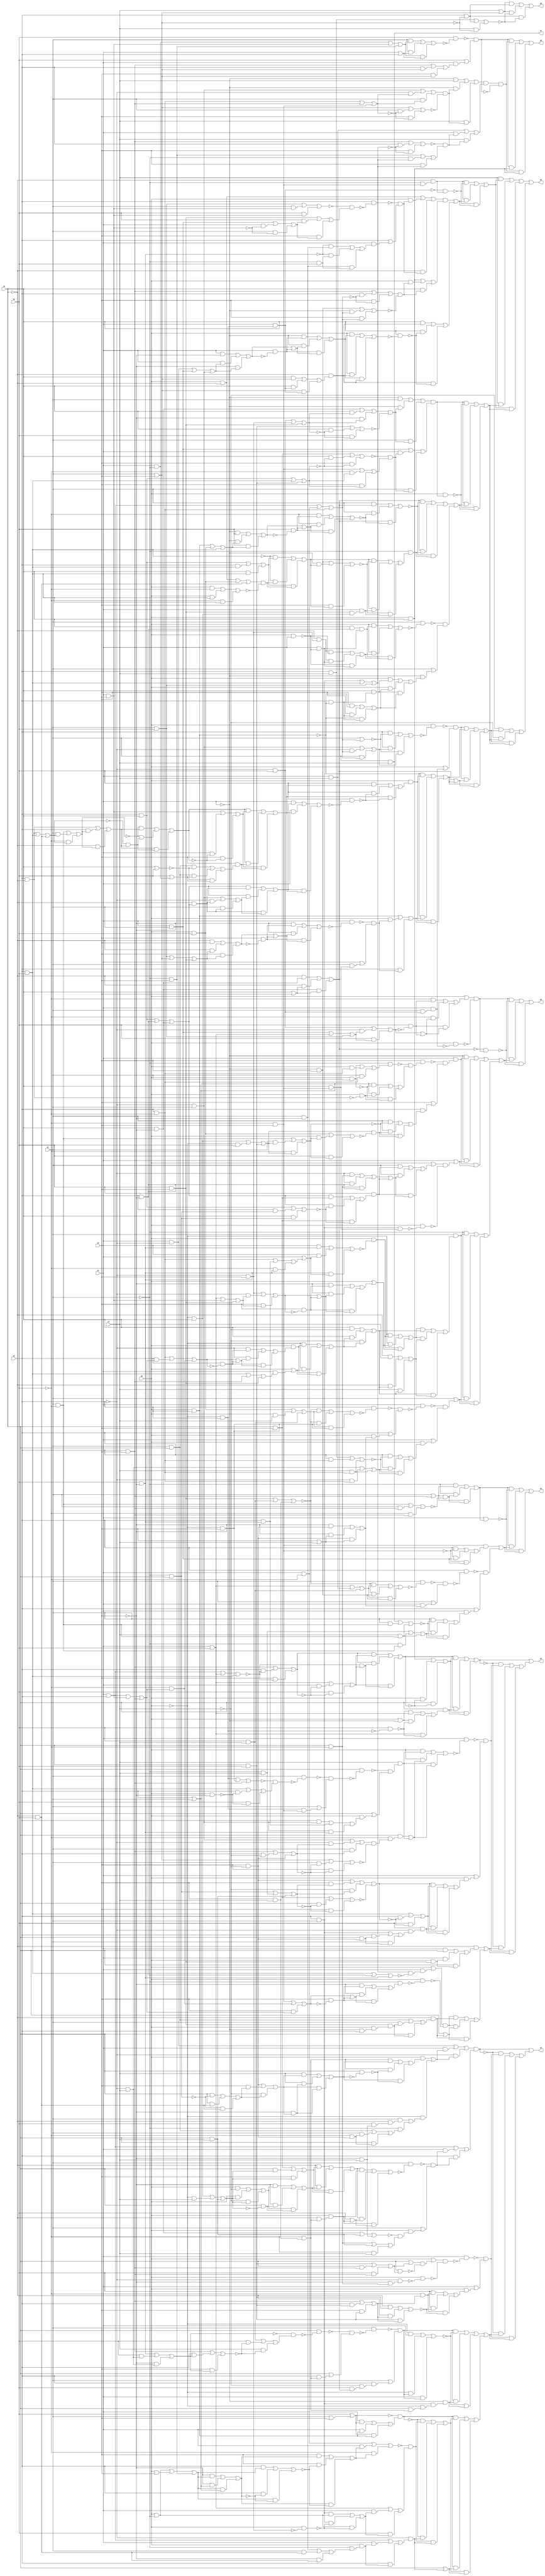
module top( x0 , x1 , x2 , x3 , x4 , x5 , x6 , x7 , y0 , y1 , y2 , y3 , y4 , y5 , y6 , y7 );
  input x0 , x1 , x2 , x3 , x4 , x5 , x6 , x7 ;
  output y0 , y1 , y2 , y3 , y4 , y5 , y6 , y7 ;
  wire n9 , n10 , n11 , n12 , n13 , n14 , n15 , n16 , n17 , n18 , n19 , n20 , n21 , n22 , n23 , n24 , n25 , n26 , n27 , n28 , n29 , n30 , n31 , n32 , n33 , n34 , n35 , n36 , n37 , n38 , n39 , n40 , n41 , n42 , n43 , n44 , n45 , n46 , n47 , n48 , n49 , n50 , n51 , n52 , n53 , n54 , n55 , n56 , n57 , n58 , n59 , n60 , n61 , n62 , n63 , n64 , n65 , n66 , n67 , n68 , n69 , n70 , n71 , n72 , n73 , n74 , n75 , n76 , n77 , n78 , n79 , n80 , n81 , n82 , n83 , n84 , n85 , n86 , n87 , n88 , n89 , n90 , n91 , n92 , n93 , n94 , n95 , n96 , n97 , n98 , n99 , n100 , n101 , n102 , n103 , n104 , n105 , n106 , n107 , n108 , n109 , n110 , n111 , n112 , n113 , n114 , n115 , n116 , n117 , n118 , n119 , n120 , n121 , n122 , n123 , n124 , n125 , n126 , n127 , n128 , n129 , n130 , n131 , n132 , n133 , n134 , n135 , n136 , n137 , n138 , n139 , n140 , n141 , n142 , n143 , n144 , n145 , n146 , n147 , n148 , n149 , n150 , n151 , n152 , n153 , n154 , n155 , n156 , n157 , n158 , n159 , n160 , n161 , n162 , n163 , n164 , n165 , n166 , n167 , n168 , n169 , n170 , n171 , n172 , n173 , n174 , n175 , n176 , n177 , n178 , n179 , n180 , n181 , n182 , n183 , n184 , n185 , n186 , n187 , n188 , n189 , n190 , n191 , n192 , n193 , n194 , n195 , n196 , n197 , n198 , n199 , n200 , n201 , n202 , n203 , n204 , n205 , n206 , n207 , n208 , n209 , n210 , n211 , n212 , n213 , n214 , n215 , n216 , n217 , n218 , n219 , n220 , n221 , n222 , n223 , n224 , n225 , n226 , n227 , n228 , n229 , n230 , n231 , n232 , n233 , n234 , n235 , n236 , n237 , n238 , n239 , n240 , n241 , n242 , n243 , n244 , n245 , n246 , n247 , n248 , n249 , n250 , n251 , n252 , n253 , n254 , n255 , n256 , n257 , n258 , n259 , n260 , n261 , n262 , n263 , n264 , n265 , n266 , n267 , n268 , n269 , n270 , n271 , n272 , n273 , n274 , n275 , n276 , n277 , n278 , n279 , n280 , n281 , n282 , n283 , n284 , n285 , n286 , n287 , n288 , n289 , n290 , n291 , n292 , n293 , n294 , n295 , n296 , n297 , n298 , n299 , n300 , n301 , n302 , n303 , n304 , n305 , n306 , n307 , n308 , n309 , n310 , n311 , n312 , n313 , n314 , n315 , n316 , n317 , n318 , n319 , n320 , n321 , n322 , n323 , n324 , n325 , n326 , n327 , n328 , n329 , n330 , n331 , n332 , n333 , n334 , n335 , n336 , n337 , n338 , n339 , n340 , n341 , n342 , n343 , n344 , n345 , n346 , n347 , n348 , n349 , n350 , n351 , n352 , n353 , n354 , n355 , n356 , n357 , n358 , n359 , n360 , n361 , n362 , n363 , n364 , n365 , n366 , n367 , n368 , n369 , n370 , n371 , n372 , n373 , n374 , n375 , n376 , n377 , n378 , n379 , n380 , n381 , n382 , n383 , n384 , n385 , n386 , n387 , n388 , n389 , n390 , n391 , n392 , n393 , n394 , n395 , n396 , n397 , n398 , n399 , n400 , n401 , n402 , n403 , n404 , n405 , n406 , n407 , n408 , n409 , n410 , n411 , n412 , n413 , n414 , n415 , n416 , n417 , n418 , n419 , n420 , n421 , n422 , n423 , n424 , n425 , n426 , n427 , n428 , n429 , n430 , n431 , n432 , n433 , n434 , n435 , n436 , n437 , n438 , n439 , n440 , n441 , n442 , n443 , n444 , n445 , n446 , n447 , n448 , n449 , n450 , n451 , n452 , n453 , n454 , n455 , n456 , n457 , n458 , n459 , n460 , n461 , n462 , n463 , n464 , n465 , n466 , n467 , n468 , n469 , n470 ;
  assign n22 = ( x1 & ~x3 ) | ( x1 & x6 ) | ( ~x3 & x6 ) ;
  assign n23 = x1 | x2 ;
  assign n24 = ( x3 & n22 ) | ( x3 & n23 ) | ( n22 & n23 ) ;
  assign n25 = x5 & ~n24 ;
  assign n20 = x3 & x6 ;
  assign n21 = ( x2 & x6 ) | ( x2 & n20 ) | ( x6 & n20 ) ;
  assign n26 = x1 & n21 ;
  assign n27 = x5 | n26 ;
  assign n28 = ~n25 & n27 ;
  assign n13 = ( x2 & ~x5 ) | ( x2 & x6 ) | ( ~x5 & x6 ) ;
  assign n14 = ( ~x2 & x3 ) | ( ~x2 & n13 ) | ( x3 & n13 ) ;
  assign n15 = ( x3 & x6 ) | ( x3 & ~n13 ) | ( x6 & ~n13 ) ;
  assign n16 = n14 & ~n15 ;
  assign n17 = ( ~x1 & x7 ) | ( ~x1 & n16 ) | ( x7 & n16 ) ;
  assign n9 = ( x2 & x3 ) | ( x2 & x5 ) | ( x3 & x5 ) ;
  assign n10 = ( x2 & x6 ) | ( x2 & ~n9 ) | ( x6 & ~n9 ) ;
  assign n11 = ( ~x3 & x6 ) | ( ~x3 & n9 ) | ( x6 & n9 ) ;
  assign n12 = ~n10 & n11 ;
  assign n18 = ( x1 & x7 ) | ( x1 & n12 ) | ( x7 & n12 ) ;
  assign n19 = n17 & n18 ;
  assign n29 = n19 & ~n28 ;
  assign n30 = x0 & x4 ;
  assign n31 = ( n28 & n29 ) | ( n28 & n30 ) | ( n29 & n30 ) ;
  assign n32 = ( x1 & x2 ) | ( x1 & x5 ) | ( x2 & x5 ) ;
  assign n33 = ( x2 & x6 ) | ( x2 & ~n32 ) | ( x6 & ~n32 ) ;
  assign n34 = ( x1 & x5 ) | ( x1 & ~n33 ) | ( x5 & ~n33 ) ;
  assign n35 = ~n32 & n34 ;
  assign n36 = ( n33 & n34 ) | ( n33 & n35 ) | ( n34 & n35 ) ;
  assign n42 = ( x0 & x4 ) | ( x0 & ~n36 ) | ( x4 & ~n36 ) ;
  assign n37 = x0 & ~x1 ;
  assign n38 = x1 & x5 ;
  assign n39 = ~x0 & x2 ;
  assign n40 = x5 & ~n39 ;
  assign n41 = ( n37 & n38 ) | ( n37 & ~n40 ) | ( n38 & ~n40 ) ;
  assign n43 = x4 & n41 ;
  assign n44 = ( n36 & n42 ) | ( n36 & n43 ) | ( n42 & n43 ) ;
  assign n70 = ( ~x0 & x2 ) | ( ~x0 & x6 ) | ( x2 & x6 ) ;
  assign n71 = x0 & ~x6 ;
  assign n72 = ( x2 & x5 ) | ( x2 & ~n71 ) | ( x5 & ~n71 ) ;
  assign n73 = ~n70 & n72 ;
  assign n74 = x3 & ~n73 ;
  assign n69 = ~x5 & x6 ;
  assign n75 = n39 & n69 ;
  assign n76 = x3 | n75 ;
  assign n77 = ~n74 & n76 ;
  assign n78 = x4 & ~n77 ;
  assign n66 = ~x2 & x3 ;
  assign n67 = x5 & ~x6 ;
  assign n68 = ( x2 & n66 ) | ( x2 & n67 ) | ( n66 & n67 ) ;
  assign n79 = x0 & n68 ;
  assign n80 = x4 | n79 ;
  assign n81 = ~n78 & n80 ;
  assign n82 = x7 & n81 ;
  assign n60 = ( x2 & x6 ) | ( x2 & ~x7 ) | ( x6 & ~x7 ) ;
  assign n61 = ( ~x2 & x3 ) | ( ~x2 & n60 ) | ( x3 & n60 ) ;
  assign n62 = ( x3 & x6 ) | ( x3 & ~n60 ) | ( x6 & ~n60 ) ;
  assign n63 = n61 & ~n62 ;
  assign n64 = ~x5 & n63 ;
  assign n65 = x4 & n64 ;
  assign n83 = n65 | n82 ;
  assign n84 = ( x0 & n82 ) | ( x0 & n83 ) | ( n82 & n83 ) ;
  assign n85 = x1 & ~n84 ;
  assign n49 = ( ~x3 & x4 ) | ( ~x3 & x7 ) | ( x4 & x7 ) ;
  assign n50 = ( x6 & ~x7 ) | ( x6 & n49 ) | ( ~x7 & n49 ) ;
  assign n51 = ( x4 & x6 ) | ( x4 & ~n49 ) | ( x6 & ~n49 ) ;
  assign n52 = n50 & ~n51 ;
  assign n57 = ( x2 & x5 ) | ( x2 & ~n52 ) | ( x5 & ~n52 ) ;
  assign n53 = x6 & ~x7 ;
  assign n54 = x4 & n53 ;
  assign n55 = ( x2 & x3 ) | ( x2 & n54 ) | ( x3 & n54 ) ;
  assign n56 = ~x2 & n55 ;
  assign n58 = x5 & n56 ;
  assign n59 = ( n52 & n57 ) | ( n52 & n58 ) | ( n57 & n58 ) ;
  assign n86 = x0 & n59 ;
  assign n87 = x1 | n86 ;
  assign n88 = ~n85 & n87 ;
  assign n45 = x5 & x6 ;
  assign n46 = x0 & n45 ;
  assign n47 = ( x1 & x4 ) | ( x1 & n46 ) | ( x4 & n46 ) ;
  assign n48 = ~x4 & n47 ;
  assign n94 = ( x2 & x5 ) | ( x2 & ~x6 ) | ( x5 & ~x6 ) ;
  assign n95 = n9 & ~n94 ;
  assign n96 = x1 & n95 ;
  assign n97 = x0 | n96 ;
  assign n89 = ( x1 & x2 ) | ( x1 & x6 ) | ( x2 & x6 ) ;
  assign n90 = ( ~x5 & x6 ) | ( ~x5 & n89 ) | ( x6 & n89 ) ;
  assign n91 = x6 & ~n90 ;
  assign n92 = n90 | n91 ;
  assign n93 = ( ~x6 & n91 ) | ( ~x6 & n92 ) | ( n91 & n92 ) ;
  assign n98 = ~x3 & n93 ;
  assign n99 = x0 & ~n98 ;
  assign n100 = n97 & ~n99 ;
  assign n101 = ~x1 & x2 ;
  assign n102 = x0 & n101 ;
  assign n103 = n45 & n102 ;
  assign n104 = ( x3 & x4 ) | ( x3 & n103 ) | ( x4 & n103 ) ;
  assign n105 = ~x4 & n104 ;
  assign n106 = x4 | n105 ;
  assign n107 = ( n100 & n105 ) | ( n100 & n106 ) | ( n105 & n106 ) ;
  assign n108 = n48 | n107 ;
  assign n109 = ( ~n44 & n88 ) | ( ~n44 & n108 ) | ( n88 & n108 ) ;
  assign n110 = n44 | n109 ;
  assign n118 = x6 & x7 ;
  assign n119 = ~x5 & n118 ;
  assign n120 = ~x3 & x4 ;
  assign n121 = ~x4 & x5 ;
  assign n122 = ( x4 & ~n120 ) | ( x4 & n121 ) | ( ~n120 & n121 ) ;
  assign n123 = ( x6 & ~x7 ) | ( x6 & n122 ) | ( ~x7 & n122 ) ;
  assign n124 = ~x6 & n123 ;
  assign n125 = ( x7 & n123 ) | ( x7 & n124 ) | ( n123 & n124 ) ;
  assign n126 = x4 & ~n125 ;
  assign n127 = ( n119 & n125 ) | ( n119 & ~n126 ) | ( n125 & ~n126 ) ;
  assign n128 = x0 & n127 ;
  assign n111 = ~x6 & x7 ;
  assign n112 = x5 & n111 ;
  assign n113 = ~x4 & n112 ;
  assign n114 = x3 & n113 ;
  assign n115 = ~x5 & n53 ;
  assign n116 = ( x3 & x4 ) | ( x3 & n115 ) | ( x4 & n115 ) ;
  assign n117 = ~x3 & n116 ;
  assign n129 = n114 | n117 ;
  assign n130 = ~x0 & n129 ;
  assign n131 = n128 | n130 ;
  assign n149 = ( x1 & ~x2 ) | ( x1 & n131 ) | ( ~x2 & n131 ) ;
  assign n135 = ( ~x0 & x4 ) | ( ~x0 & x7 ) | ( x4 & x7 ) ;
  assign n136 = ( x4 & x6 ) | ( x4 & n135 ) | ( x6 & n135 ) ;
  assign n137 = ( x0 & ~x7 ) | ( x0 & n135 ) | ( ~x7 & n135 ) ;
  assign n138 = x4 & ~n135 ;
  assign n139 = ( ~x6 & n137 ) | ( ~x6 & n138 ) | ( n137 & n138 ) ;
  assign n140 = ( ~x4 & n136 ) | ( ~x4 & n139 ) | ( n136 & n139 ) ;
  assign n141 = ~x4 & n119 ;
  assign n142 = x0 & n141 ;
  assign n143 = x5 | n142 ;
  assign n144 = ( n140 & n142 ) | ( n140 & n143 ) | ( n142 & n143 ) ;
  assign n145 = x3 & ~n144 ;
  assign n132 = ( x4 & ~x6 ) | ( x4 & x7 ) | ( ~x6 & x7 ) ;
  assign n133 = ( x4 & ~x5 ) | ( x4 & x7 ) | ( ~x5 & x7 ) ;
  assign n134 = ~n132 & n133 ;
  assign n146 = x0 & n134 ;
  assign n147 = x3 | n146 ;
  assign n148 = ~n145 & n147 ;
  assign n150 = ( x1 & x2 ) | ( x1 & n148 ) | ( x2 & n148 ) ;
  assign n151 = n149 & n150 ;
  assign n184 = x2 & x6 ;
  assign n185 = ( x4 & x5 ) | ( x4 & n184 ) | ( x5 & n184 ) ;
  assign n186 = x4 | n185 ;
  assign n187 = x4 & n185 ;
  assign n188 = n186 & ~n187 ;
  assign n189 = x0 | n188 ;
  assign n182 = x4 & ~x5 ;
  assign n183 = ~x6 & n182 ;
  assign n190 = ~x2 & n183 ;
  assign n191 = x0 & ~n190 ;
  assign n192 = n189 & ~n191 ;
  assign n193 = x1 & ~n192 ;
  assign n177 = x4 & x5 ;
  assign n178 = ( x2 & x6 ) | ( x2 & n177 ) | ( x6 & n177 ) ;
  assign n179 = ~x5 & n178 ;
  assign n180 = ( ~x4 & n177 ) | ( ~x4 & n178 ) | ( n177 & n178 ) ;
  assign n181 = ( x5 & n179 ) | ( x5 & ~n180 ) | ( n179 & ~n180 ) ;
  assign n194 = x0 & n181 ;
  assign n195 = x1 | n194 ;
  assign n196 = ~n193 & n195 ;
  assign n157 = ~x2 & x7 ;
  assign n158 = ( x5 & ~x6 ) | ( x5 & n157 ) | ( ~x6 & n157 ) ;
  assign n159 = ( x2 & x6 ) | ( x2 & n158 ) | ( x6 & n158 ) ;
  assign n160 = ( x5 & x7 ) | ( x5 & ~n159 ) | ( x7 & ~n159 ) ;
  assign n161 = ~n158 & n160 ;
  assign n162 = x4 & ~n161 ;
  assign n163 = x2 & n119 ;
  assign n164 = x4 | n163 ;
  assign n165 = ~n162 & n164 ;
  assign n166 = x3 & ~n165 ;
  assign n152 = x4 & ~x6 ;
  assign n153 = x4 | x6 ;
  assign n154 = ( ~x4 & n152 ) | ( ~x4 & n153 ) | ( n152 & n153 ) ;
  assign n155 = x5 & n154 ;
  assign n156 = ~x7 & n155 ;
  assign n167 = x2 & n156 ;
  assign n168 = x3 | n167 ;
  assign n169 = ~n166 & n168 ;
  assign n174 = ( ~x0 & x1 ) | ( ~x0 & n169 ) | ( x1 & n169 ) ;
  assign n170 = x2 & x3 ;
  assign n171 = x4 & n119 ;
  assign n172 = ~x0 & n171 ;
  assign n173 = n170 & n172 ;
  assign n175 = ~x1 & n173 ;
  assign n176 = ( n169 & ~n174 ) | ( n169 & n175 ) | ( ~n174 & n175 ) ;
  assign n197 = x3 | x6 ;
  assign n198 = x5 | n197 ;
  assign n199 = x0 & x2 ;
  assign n200 = ( x1 & n198 ) | ( x1 & n199 ) | ( n198 & n199 ) ;
  assign n201 = ~n198 & n200 ;
  assign n206 = ( x0 & ~x3 ) | ( x0 & x6 ) | ( ~x3 & x6 ) ;
  assign n207 = x2 | x3 ;
  assign n208 = ( ~x6 & n206 ) | ( ~x6 & n207 ) | ( n206 & n207 ) ;
  assign n209 = ( x2 & n206 ) | ( x2 & ~n208 ) | ( n206 & ~n208 ) ;
  assign n210 = ( x6 & n208 ) | ( x6 & ~n209 ) | ( n208 & ~n209 ) ;
  assign n211 = ( x1 & ~x5 ) | ( x1 & n210 ) | ( ~x5 & n210 ) ;
  assign n202 = x0 & ~x3 ;
  assign n203 = ~x2 & x6 ;
  assign n204 = x0 & ~n203 ;
  assign n205 = ( n170 & n202 ) | ( n170 & ~n204 ) | ( n202 & ~n204 ) ;
  assign n212 = ( x1 & x5 ) | ( x1 & n205 ) | ( x5 & n205 ) ;
  assign n213 = ~n211 & n212 ;
  assign n214 = ( x3 & ~x6 ) | ( x3 & n121 ) | ( ~x6 & n121 ) ;
  assign n215 = ~x3 & n214 ;
  assign n216 = x0 & n215 ;
  assign n217 = ( x1 & x2 ) | ( x1 & n216 ) | ( x2 & n216 ) ;
  assign n218 = ~x2 & n217 ;
  assign n219 = ( ~n201 & n213 ) | ( ~n201 & n218 ) | ( n213 & n218 ) ;
  assign n220 = x4 | n218 ;
  assign n221 = ( n201 & n219 ) | ( n201 & n220 ) | ( n219 & n220 ) ;
  assign n222 = n176 | n221 ;
  assign n223 = ( ~n151 & n196 ) | ( ~n151 & n222 ) | ( n196 & n222 ) ;
  assign n224 = n151 | n223 ;
  assign n226 = ~x3 & n69 ;
  assign n227 = ~x4 & n226 ;
  assign n225 = x1 & n39 ;
  assign n257 = ~n225 & n227 ;
  assign n235 = x1 & x6 ;
  assign n236 = ( x3 & x5 ) | ( x3 & n235 ) | ( x5 & n235 ) ;
  assign n237 = ( x1 & x3 ) | ( x1 & ~n235 ) | ( x3 & ~n235 ) ;
  assign n238 = ( x5 & x6 ) | ( x5 & n237 ) | ( x6 & n237 ) ;
  assign n239 = ~n236 & n238 ;
  assign n240 = x2 & ~n239 ;
  assign n232 = x3 & ~x6 ;
  assign n233 = ~x3 & x5 ;
  assign n234 = ( ~n67 & n232 ) | ( ~n67 & n233 ) | ( n232 & n233 ) ;
  assign n241 = x1 & n234 ;
  assign n242 = x2 | n241 ;
  assign n243 = ~n240 & n242 ;
  assign n244 = ( x0 & ~x4 ) | ( x0 & n243 ) | ( ~x4 & n243 ) ;
  assign n228 = ( x1 & x2 ) | ( x1 & ~x5 ) | ( x2 & ~x5 ) ;
  assign n229 = ( x2 & x6 ) | ( x2 & ~n228 ) | ( x6 & ~n228 ) ;
  assign n230 = ( ~x1 & x6 ) | ( ~x1 & n228 ) | ( x6 & n228 ) ;
  assign n231 = n229 & ~n230 ;
  assign n245 = ( x0 & x4 ) | ( x0 & n231 ) | ( x4 & n231 ) ;
  assign n246 = n244 & n245 ;
  assign n252 = ( x4 & n20 ) | ( x4 & n225 ) | ( n20 & n225 ) ;
  assign n253 = ~x4 & n252 ;
  assign n247 = ( x1 & ~x2 ) | ( x1 & x3 ) | ( ~x2 & x3 ) ;
  assign n248 = ( x1 & ~x6 ) | ( x1 & n247 ) | ( ~x6 & n247 ) ;
  assign n249 = x1 & ~n248 ;
  assign n250 = n248 | n249 ;
  assign n251 = ( ~x1 & n249 ) | ( ~x1 & n250 ) | ( n249 & n250 ) ;
  assign n254 = ( x0 & n251 ) | ( x0 & n253 ) | ( n251 & n253 ) ;
  assign n255 = x4 & ~n254 ;
  assign n256 = ( x4 & n253 ) | ( x4 & ~n255 ) | ( n253 & ~n255 ) ;
  assign n258 = n246 | n256 ;
  assign n259 = ( n227 & ~n257 ) | ( n227 & n258 ) | ( ~n257 & n258 ) ;
  assign n304 = ( ~x2 & x5 ) | ( ~x2 & x6 ) | ( x5 & x6 ) ;
  assign n305 = ( x4 & ~x6 ) | ( x4 & n304 ) | ( ~x6 & n304 ) ;
  assign n306 = ( x4 & x5 ) | ( x4 & ~n304 ) | ( x5 & ~n304 ) ;
  assign n307 = n305 & ~n306 ;
  assign n312 = ( ~x1 & x3 ) | ( ~x1 & n307 ) | ( x3 & n307 ) ;
  assign n308 = ( x2 & x4 ) | ( x2 & x5 ) | ( x4 & x5 ) ;
  assign n309 = ( x4 & x6 ) | ( x4 & ~n308 ) | ( x6 & ~n308 ) ;
  assign n310 = ( ~x5 & x6 ) | ( ~x5 & n308 ) | ( x6 & n308 ) ;
  assign n311 = ~n309 & n310 ;
  assign n313 = ( x1 & x3 ) | ( x1 & n311 ) | ( x3 & n311 ) ;
  assign n314 = n312 & n313 ;
  assign n350 = x0 & n314 ;
  assign n315 = ( x0 & x2 ) | ( x0 & x5 ) | ( x2 & x5 ) ;
  assign n316 = ( ~x1 & x5 ) | ( ~x1 & n315 ) | ( x5 & n315 ) ;
  assign n317 = x5 & ~n316 ;
  assign n318 = n316 | n317 ;
  assign n319 = ( ~x5 & n317 ) | ( ~x5 & n318 ) | ( n317 & n318 ) ;
  assign n331 = ( x3 & n154 ) | ( x3 & ~n319 ) | ( n154 & ~n319 ) ;
  assign n320 = x2 & x5 ;
  assign n321 = ( x2 & x4 ) | ( x2 & n320 ) | ( x4 & n320 ) ;
  assign n322 = ( x0 & ~x4 ) | ( x0 & x5 ) | ( ~x4 & x5 ) ;
  assign n323 = ( x0 & ~x5 ) | ( x0 & n320 ) | ( ~x5 & n320 ) ;
  assign n324 = n322 & ~n323 ;
  assign n325 = ( ~n320 & n321 ) | ( ~n320 & n324 ) | ( n321 & n324 ) ;
  assign n328 = ( ~x1 & x6 ) | ( ~x1 & n325 ) | ( x6 & n325 ) ;
  assign n326 = ~x0 & x4 ;
  assign n327 = n45 & n326 ;
  assign n329 = x1 & n327 ;
  assign n330 = ( n325 & ~n328 ) | ( n325 & n329 ) | ( ~n328 & n329 ) ;
  assign n332 = ~x3 & n330 ;
  assign n333 = ( n154 & ~n331 ) | ( n154 & n332 ) | ( ~n331 & n332 ) ;
  assign n338 = x2 & ~x6 ;
  assign n339 = x4 & n338 ;
  assign n341 = x0 & x1 ;
  assign n342 = x1 & ~n341 ;
  assign n343 = n339 & n342 ;
  assign n340 = ~x4 & n203 ;
  assign n344 = ( n340 & ~n341 ) | ( n340 & n342 ) | ( ~n341 & n342 ) ;
  assign n345 = ( x0 & n343 ) | ( x0 & n344 ) | ( n343 & n344 ) ;
  assign n346 = x3 & ~n345 ;
  assign n334 = x2 & ~n199 ;
  assign n335 = x4 & n334 ;
  assign n336 = ( x6 & ~n199 ) | ( x6 & n334 ) | ( ~n199 & n334 ) ;
  assign n337 = ( x0 & n335 ) | ( x0 & n336 ) | ( n335 & n336 ) ;
  assign n347 = ~x1 & n337 ;
  assign n348 = x3 | n347 ;
  assign n349 = ~n346 & n348 ;
  assign n351 = n333 | n349 ;
  assign n352 = ( n314 & ~n350 ) | ( n314 & n351 ) | ( ~n350 & n351 ) ;
  assign n353 = ( x7 & n259 ) | ( x7 & n352 ) | ( n259 & n352 ) ;
  assign n262 = x3 | n228 ;
  assign n263 = ( ~x2 & x3 ) | ( ~x2 & n228 ) | ( x3 & n228 ) ;
  assign n264 = ( x2 & ~n262 ) | ( x2 & n263 ) | ( ~n262 & n263 ) ;
  assign n265 = x0 & ~n264 ;
  assign n260 = ~x2 & x5 ;
  assign n261 = x3 & n260 ;
  assign n266 = x1 & n261 ;
  assign n267 = x0 | n266 ;
  assign n268 = ~n265 & n267 ;
  assign n273 = ( x2 & ~x4 ) | ( x2 & x5 ) | ( ~x4 & x5 ) ;
  assign n274 = ( x3 & ~x5 ) | ( x3 & n273 ) | ( ~x5 & n273 ) ;
  assign n275 = ( x2 & ~x4 ) | ( x2 & n274 ) | ( ~x4 & n274 ) ;
  assign n276 = ~n273 & n275 ;
  assign n277 = ( ~n274 & n275 ) | ( ~n274 & n276 ) | ( n275 & n276 ) ;
  assign n283 = ( x1 & x6 ) | ( x1 & ~n277 ) | ( x6 & ~n277 ) ;
  assign n278 = x3 & x4 ;
  assign n279 = x4 | x5 ;
  assign n280 = x1 & ~x3 ;
  assign n281 = x5 | n280 ;
  assign n282 = ( n278 & ~n279 ) | ( n278 & n281 ) | ( ~n279 & n281 ) ;
  assign n284 = x6 & n282 ;
  assign n285 = ( n277 & n283 ) | ( n277 & n284 ) | ( n283 & n284 ) ;
  assign n269 = ( x2 & x4 ) | ( x2 & ~x6 ) | ( x4 & ~x6 ) ;
  assign n270 = ~x4 & n269 ;
  assign n271 = ( ~x2 & x3 ) | ( ~x2 & n270 ) | ( x3 & n270 ) ;
  assign n272 = ( n269 & n270 ) | ( n269 & n271 ) | ( n270 & n271 ) ;
  assign n286 = ( x1 & n272 ) | ( x1 & n285 ) | ( n272 & n285 ) ;
  assign n287 = x5 & ~n286 ;
  assign n288 = ( x5 & n285 ) | ( x5 & ~n287 ) | ( n285 & ~n287 ) ;
  assign n299 = x0 & n288 ;
  assign n290 = ( x3 & x5 ) | ( x3 & x6 ) | ( x5 & x6 ) ;
  assign n291 = ( ~x4 & x6 ) | ( ~x4 & n290 ) | ( x6 & n290 ) ;
  assign n292 = x6 & ~n291 ;
  assign n293 = n291 | n292 ;
  assign n294 = ( ~x6 & n292 ) | ( ~x6 & n293 ) | ( n292 & n293 ) ;
  assign n295 = x1 & ~n294 ;
  assign n289 = x4 & n69 ;
  assign n296 = x3 & n289 ;
  assign n297 = x1 | n296 ;
  assign n298 = ~n295 & n297 ;
  assign n300 = ( x0 & x2 ) | ( x0 & n298 ) | ( x2 & n298 ) ;
  assign n301 = ( ~n199 & n299 ) | ( ~n199 & n300 ) | ( n299 & n300 ) ;
  assign n302 = n154 | n301 ;
  assign n303 = ( n268 & n301 ) | ( n268 & n302 ) | ( n301 & n302 ) ;
  assign n354 = ( ~x7 & n303 ) | ( ~x7 & n352 ) | ( n303 & n352 ) ;
  assign n355 = n353 | n354 ;
  assign n356 = ( x1 & x3 ) | ( x1 & x5 ) | ( x3 & x5 ) ;
  assign n357 = ( ~x2 & x5 ) | ( ~x2 & n356 ) | ( x5 & n356 ) ;
  assign n358 = x5 & ~n357 ;
  assign n359 = n357 | n358 ;
  assign n360 = ( ~x5 & n358 ) | ( ~x5 & n359 ) | ( n358 & n359 ) ;
  assign n361 = x0 | n360 ;
  assign n362 = x0 & ~n266 ;
  assign n363 = n361 & ~n362 ;
  assign n438 = ~n154 & n363 ;
  assign n380 = x2 & ~x5 ;
  assign n381 = ( x0 & x3 ) | ( x0 & n380 ) | ( x3 & n380 ) ;
  assign n382 = ~x3 & n381 ;
  assign n383 = x0 & x3 ;
  assign n384 = x2 & ~x4 ;
  assign n385 = x0 & ~n384 ;
  assign n386 = ( n207 & ~n383 ) | ( n207 & n385 ) | ( ~n383 & n385 ) ;
  assign n387 = ~n382 & n386 ;
  assign n388 = x6 & n387 ;
  assign n375 = ( ~x0 & x4 ) | ( ~x0 & x5 ) | ( x4 & x5 ) ;
  assign n376 = ( x3 & ~x5 ) | ( x3 & n375 ) | ( ~x5 & n375 ) ;
  assign n377 = ( x0 & x5 ) | ( x0 & n376 ) | ( x5 & n376 ) ;
  assign n378 = n375 & ~n377 ;
  assign n379 = ( x3 & ~n376 ) | ( x3 & n378 ) | ( ~n376 & n378 ) ;
  assign n389 = x2 & n379 ;
  assign n390 = x6 | n389 ;
  assign n391 = ~n388 & n390 ;
  assign n392 = x1 & n391 ;
  assign n365 = x4 & x6 ;
  assign n366 = ( x2 & x4 ) | ( x2 & n120 ) | ( x4 & n120 ) ;
  assign n367 = ( n269 & n365 ) | ( n269 & ~n366 ) | ( n365 & ~n366 ) ;
  assign n368 = x5 & n367 ;
  assign n364 = ( ~x2 & n182 ) | ( ~x2 & n338 ) | ( n182 & n338 ) ;
  assign n369 = n364 | n368 ;
  assign n370 = ( x3 & n368 ) | ( x3 & n369 ) | ( n368 & n369 ) ;
  assign n371 = x0 | n370 ;
  assign n372 = n170 & n289 ;
  assign n373 = x0 & ~n372 ;
  assign n374 = n371 & ~n373 ;
  assign n393 = x1 | n374 ;
  assign n394 = ( ~x1 & n392 ) | ( ~x1 & n393 ) | ( n392 & n393 ) ;
  assign n412 = ( x2 & ~x5 ) | ( x2 & n67 ) | ( ~x5 & n67 ) ;
  assign n413 = x1 | n412 ;
  assign n414 = ( x6 & n67 ) | ( x6 & n413 ) | ( n67 & n413 ) ;
  assign n420 = x0 & ~n414 ;
  assign n415 = ( x1 & x5 ) | ( x1 & x6 ) | ( x5 & x6 ) ;
  assign n416 = ( ~x2 & x6 ) | ( ~x2 & n415 ) | ( x6 & n415 ) ;
  assign n417 = x6 & ~n416 ;
  assign n418 = n416 | n417 ;
  assign n419 = ( ~x6 & n417 ) | ( ~x6 & n418 ) | ( n417 & n418 ) ;
  assign n421 = x0 | n419 ;
  assign n422 = ( ~x0 & n420 ) | ( ~x0 & n421 ) | ( n420 & n421 ) ;
  assign n425 = ( x2 & ~x5 ) | ( x2 & n89 ) | ( ~x5 & n89 ) ;
  assign n426 = x2 & ~n425 ;
  assign n427 = n425 | n426 ;
  assign n428 = ( ~x2 & n426 ) | ( ~x2 & n427 ) | ( n426 & n427 ) ;
  assign n429 = x0 & n428 ;
  assign n423 = ( x2 & x5 ) | ( x2 & x6 ) | ( x5 & x6 ) ;
  assign n424 = x1 & n423 ;
  assign n430 = x0 | n424 ;
  assign n431 = ( ~x0 & n429 ) | ( ~x0 & n430 ) | ( n429 & n430 ) ;
  assign n432 = ( x4 & ~x7 ) | ( x4 & n431 ) | ( ~x7 & n431 ) ;
  assign n433 = ( ~x4 & x7 ) | ( ~x4 & n432 ) | ( x7 & n432 ) ;
  assign n434 = ( n422 & n432 ) | ( n422 & n433 ) | ( n432 & n433 ) ;
  assign n435 = x3 & n434 ;
  assign n400 = ( x5 & x6 ) | ( x5 & x7 ) | ( x6 & x7 ) ;
  assign n401 = ( x0 & x5 ) | ( x0 & x7 ) | ( x5 & x7 ) ;
  assign n402 = ~x0 & x6 ;
  assign n403 = ( ~n400 & n401 ) | ( ~n400 & n402 ) | ( n401 & n402 ) ;
  assign n404 = x2 & ~n403 ;
  assign n398 = x6 | x7 ;
  assign n399 = ( ~x6 & n53 ) | ( ~x6 & n398 ) | ( n53 & n398 ) ;
  assign n405 = x0 & n399 ;
  assign n406 = x2 | n405 ;
  assign n407 = ~n404 & n406 ;
  assign n408 = x1 & ~n407 ;
  assign n395 = ( x2 & x7 ) | ( x2 & n380 ) | ( x7 & n380 ) ;
  assign n396 = ( ~x2 & x7 ) | ( ~x2 & n380 ) | ( x7 & n380 ) ;
  assign n397 = ( x2 & ~n395 ) | ( x2 & n396 ) | ( ~n395 & n396 ) ;
  assign n409 = x0 & n397 ;
  assign n410 = x1 | n409 ;
  assign n411 = ~n408 & n410 ;
  assign n436 = x3 | n411 ;
  assign n437 = ( ~x3 & n435 ) | ( ~x3 & n436 ) | ( n435 & n436 ) ;
  assign n439 = n394 | n437 ;
  assign n440 = ( n363 & ~n438 ) | ( n363 & n439 ) | ( ~n438 & n439 ) ;
  assign n441 = x3 | n184 ;
  assign n442 = ( x3 & ~x5 ) | ( x3 & n184 ) | ( ~x5 & n184 ) ;
  assign n443 = n441 & ~n442 ;
  assign n444 = ( ~x3 & n441 ) | ( ~x3 & n443 ) | ( n441 & n443 ) ;
  assign n463 = x1 & n444 ;
  assign n445 = x1 & x3 ;
  assign n446 = ( x2 & ~n69 ) | ( x2 & n445 ) | ( ~n69 & n445 ) ;
  assign n447 = n69 & n446 ;
  assign n452 = ( x1 & x5 ) | ( x1 & x7 ) | ( x5 & x7 ) ;
  assign n453 = ~x1 & x6 ;
  assign n454 = ( ~n400 & n452 ) | ( ~n400 & n453 ) | ( n452 & n453 ) ;
  assign n455 = x3 & ~n454 ;
  assign n456 = x1 & n399 ;
  assign n457 = x3 | n456 ;
  assign n458 = ~n455 & n457 ;
  assign n459 = x2 & ~n458 ;
  assign n448 = x3 & ~x5 ;
  assign n449 = ( x3 & x7 ) | ( x3 & n448 ) | ( x7 & n448 ) ;
  assign n450 = ( ~x3 & x7 ) | ( ~x3 & n448 ) | ( x7 & n448 ) ;
  assign n451 = ( x3 & ~n449 ) | ( x3 & n450 ) | ( ~n449 & n450 ) ;
  assign n460 = x1 & n451 ;
  assign n461 = x2 | n460 ;
  assign n462 = ~n459 & n461 ;
  assign n464 = n447 | n462 ;
  assign n465 = ( n444 & ~n463 ) | ( n444 & n464 ) | ( ~n463 & n464 ) ;
  assign n466 = x7 | n20 ;
  assign n467 = x2 & ~n20 ;
  assign n468 = ( x2 & x7 ) | ( x2 & ~n20 ) | ( x7 & ~n20 ) ;
  assign n469 = ( n466 & n467 ) | ( n466 & ~n468 ) | ( n467 & ~n468 ) ;
  assign n470 = x3 & x7 ;
  assign y0 = n31 ;
  assign y1 = n110 ;
  assign y2 = n224 ;
  assign y3 = n355 ;
  assign y4 = n440 ;
  assign y5 = n465 ;
  assign y6 = n469 ;
  assign y7 = n470 ;
endmodule